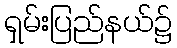
ရှမ်းပြည်နယ်၌